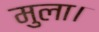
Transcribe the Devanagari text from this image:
मुला।